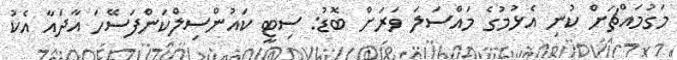
މަގުމައްޗަށް ކުނި އެޅުމުގެ މައްސަލަ ވަރަށް ބޮޑު: ސިޓީ ކައުންސިލްކަންފަސޭހަ އާދައާ އެކު